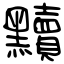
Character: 黷